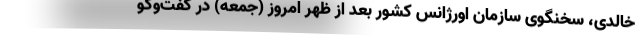
خالدی، سخنگوی سازمان اورژانس کشور بعد از ظهر امروز (جمعه) در گفت‌وگو